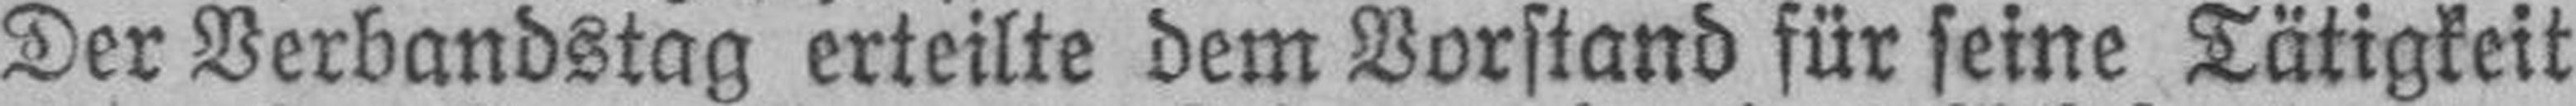
Der Verbandstag erteilte dem Vorstand für seine Tätigkeit